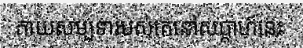
កាយសម្បទារបស់គេនៅសប្តាហ៍នេះ